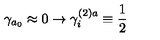
\gamma _ { a _ { 0 } } \approx 0 \rightarrow \gamma _ { i } ^ { ( 2 ) a } \equiv \frac { 1 } { 2 }